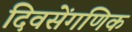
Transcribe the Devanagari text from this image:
दिवसेंगणिक